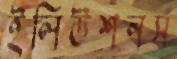
ইলিউশনস